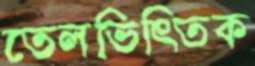
তেলভিত্তিক